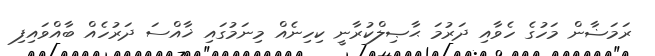
ރަމަޟާން މަހުގެ ހެވާއި ދަރުމަ ޙާޞިލްކުރާނީ ކިހިނެއް މިނަމުގައި ޚާއްސަ ދަރުހެއް ބާއްވައިފި